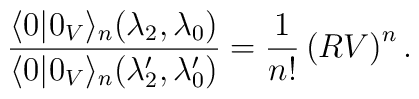
\frac{\langle 0|0_V\rangle_n (\lambda_2,\lambda_0)}{\langle 0|0_V\rangle_n({\lambda}^{\prime}_2,{\lambda}^{\prime}_0)} =\frac{1}{n!}\left(RV\right)^n .